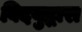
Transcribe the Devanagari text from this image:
विदयुद्धारा